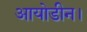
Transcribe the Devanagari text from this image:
आयोडीन।